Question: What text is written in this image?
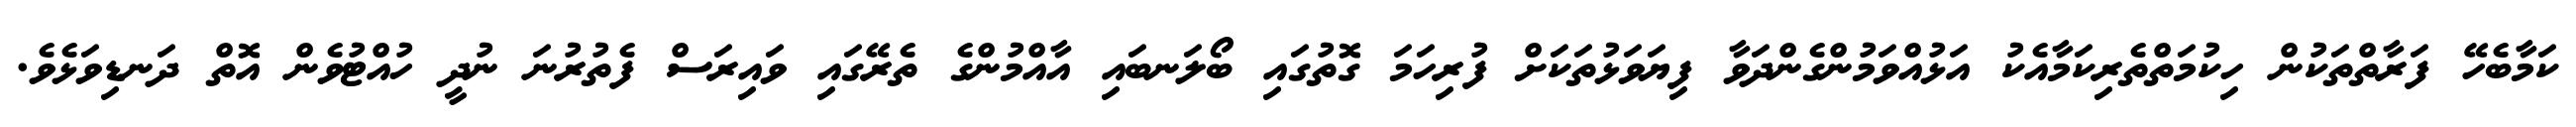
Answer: ކަމާބެހޭ ފަރާތްތަކުން ހިކުމަތްތެރިކަމާއެކު އަޅުއްވަމުންގެންދަވާ ފިޔަވަޅުތަކަށް ފުރިހަމަ ގޮތުގައި ބޯލަނބައި އާއްމުންގެ ތެރޭގައި ވައިރަސް ފެތުރުނަ ނުދީ ހުއްޓުވެން އޮތް ދަނޑިވަޅެވެ.